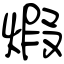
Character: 煆